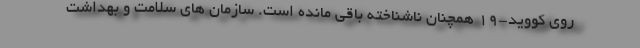
روی کووید-19 همچنان ناشناخته باقی مانده است. سازمان های سلامت و بهداشت